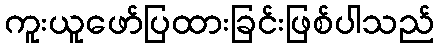
ကူးယူဖော်ပြထားခြင်းဖြစ်ပါသည်